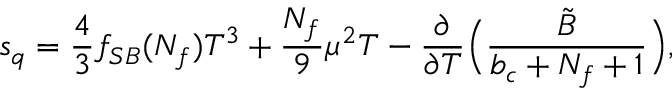
s _ { q } = { \frac { 4 } { 3 } } f _ { S B } ( N _ { f } ) T ^ { 3 } + { \frac { N _ { f } } { 9 } } \mu ^ { 2 } T - { \frac { \partial } { \partial T } } \Bigl ( { \frac { \tilde { B } } { b _ { c } + N _ { f } + 1 } } \Bigr ) ,